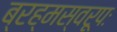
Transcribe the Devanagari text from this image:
ब्रह्मस्वरूपः